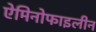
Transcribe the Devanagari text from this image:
ऐमिनोफाइलीन